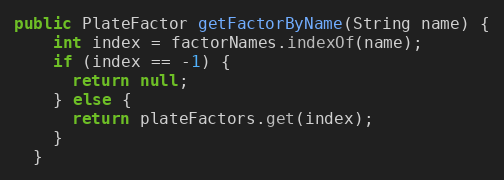
Language: Java
public PlateFactor getFactorByName(String name) {
    int index = factorNames.indexOf(name);
    if (index == -1) {
      return null;
    } else {
      return plateFactors.get(index);
    }
  }